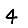
Digit: 4